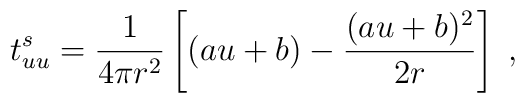
t^s_{uu} = {1 \over 4 \pi r^2} \left [ (au+b)-{(au+b)^2 \over 2r} \right ] \; ,